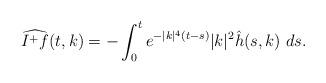
LaTeX: \begin{align*}\widehat{I^{+}f}(t,k)=-\int_{0}^{t}e^{-|k|^{4}(t-s)}|k|^{2}\hat{h}(s,k)\ ds.\end{align*}